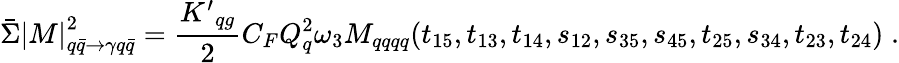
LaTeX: \bar{\Sigma}{|M|}_{q\bar{q}\rightarrow\gamma q\bar{q}}^{2}={\frac{{K^{\prime}}_{qg}}{2}}C_{F}Q_{q}^{2}\omega_{3}M_{qqqq}(t_{15},t_{13},t_{14},s_{12},s_{35},s_{45},t_{25},s_{34},t_{23},t_{24})\; .